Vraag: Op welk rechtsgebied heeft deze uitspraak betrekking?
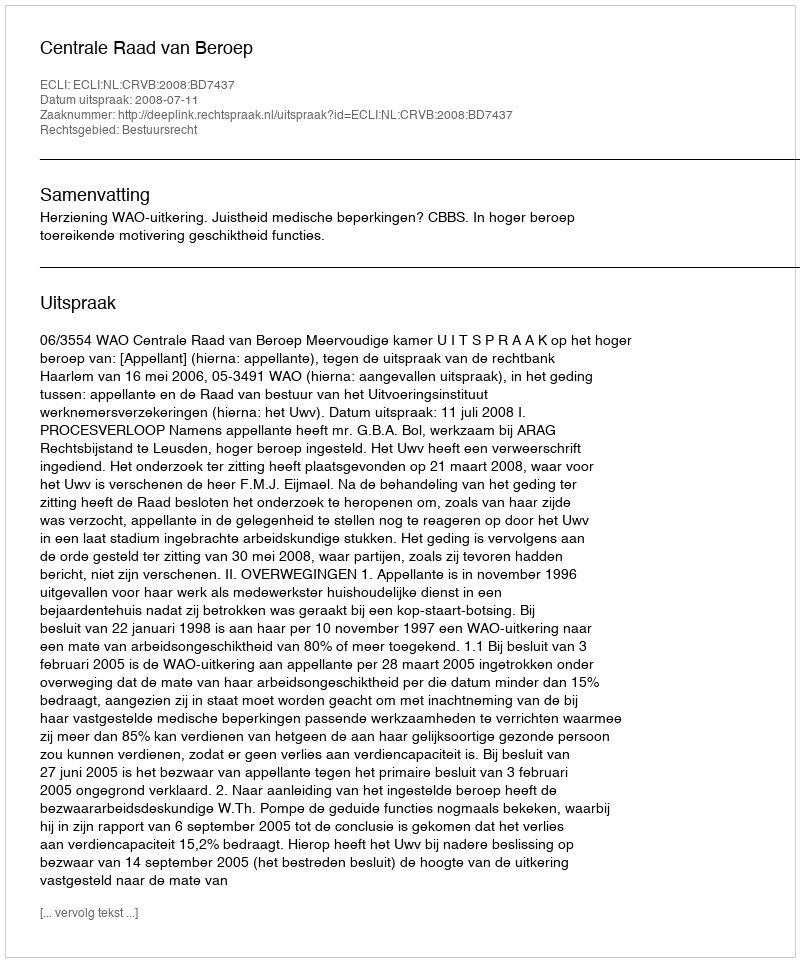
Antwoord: Bestuursrecht